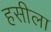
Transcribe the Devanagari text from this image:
हसीला